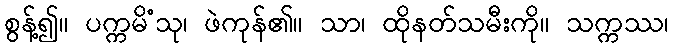
စွန့်၍။ ပက္ကမိံသု၊ ဖဲကုန်၏။ သာ၊ ထိုနတ်သမီးကို။ သက္ကဿ၊